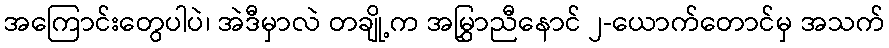
အကြောင်းတွေပါပဲ၊ အဲဒီမှာလဲ တချို့က အမြွှာညီနောင် ၂-ယောက်တောင်မှ အသက်